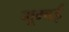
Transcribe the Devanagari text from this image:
मूम्बई